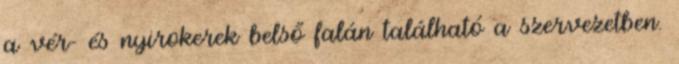
a vér- és nyirokerek belső falán található a szervezetben.